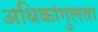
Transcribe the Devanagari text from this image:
अधिकांगुलता